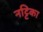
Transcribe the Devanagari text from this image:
नट्टिका